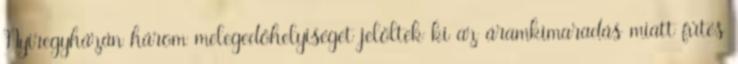
Nyíregyházán három melegedőhelyiséget jelöltek ki az áramkimaradás miatt fűtés